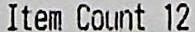
ITEM COUNT 12